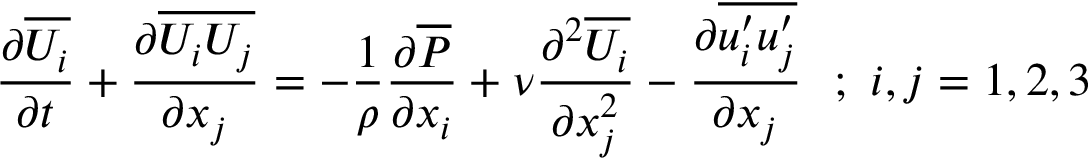
{ \frac { \partial \overline { { U _ { i } } } } { \partial t } } + { \frac { \partial \overline { { U _ { i } U _ { j } } } } { \partial x _ { j } } } = - { \frac { 1 } { \rho } } { \frac { \partial \overline { { P } } } { \partial x _ { i } } } + \nu { \frac { \partial ^ { 2 } \overline { { U _ { i } } } } { \partial x _ { j } ^ { 2 } } } - { \frac { \partial \overline { { u _ { i } ^ { \prime } u _ { j } ^ { \prime } } } } { \partial x _ { j } } } ~ ~ ; ~ i , j = 1 , 2 , 3